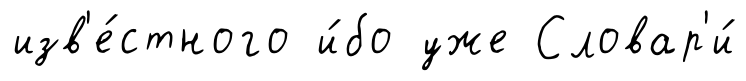
изв'е́стного и́бо уже Словар'и́